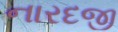
નારદજી